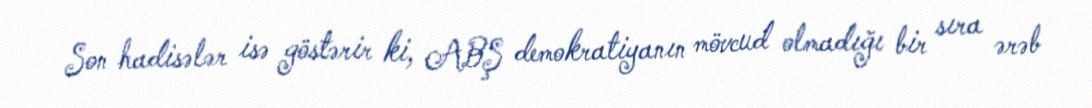
Son hadisələr isə göstərir ki, ABŞ demokratiyanın mövcud olmadığı bir sıra ərəb